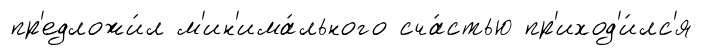
пр'едложи́л м'ин'има́льного сча́стью пр'иход'и́лс'я